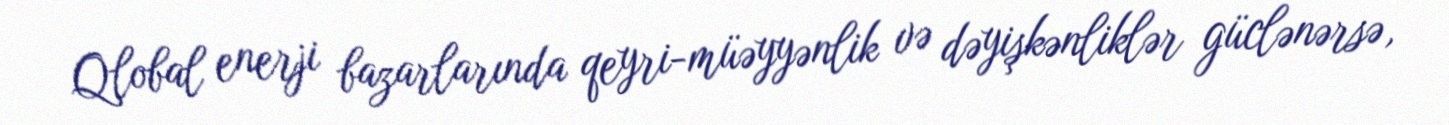
Qlobal enerji bazarlarında qeyri-müəyyənlik və dəyişkənliklər güclənərsə,